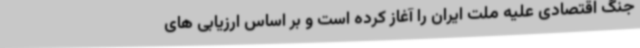
جنگ اقتصادی علیه ملت ایران را آغاز کرده است و بر اساس ارزیابی های